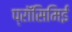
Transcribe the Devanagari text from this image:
प्रॉसिमिई